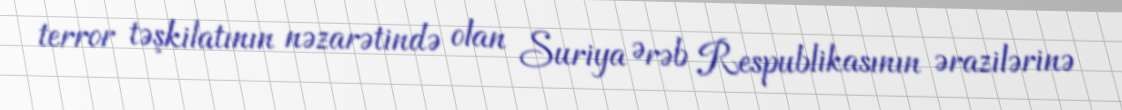
terror təşkilatının nəzarətində olan Suriya Ərəb Respublikasının ərazilərinə